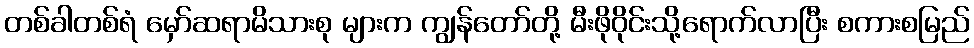
တစ်ခါတစ်ရံ မှော်ဆရာမိသားစု များက ကျွန်တော်တို့ မီးဖိုဝိုင်းသို့ရောက်လာပြီး စကားစမြည်